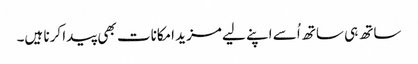
ساتھ ہی ساتھ اُسے اپنے لیے مزید امکانات بھی پیدا کرنا ہیں۔